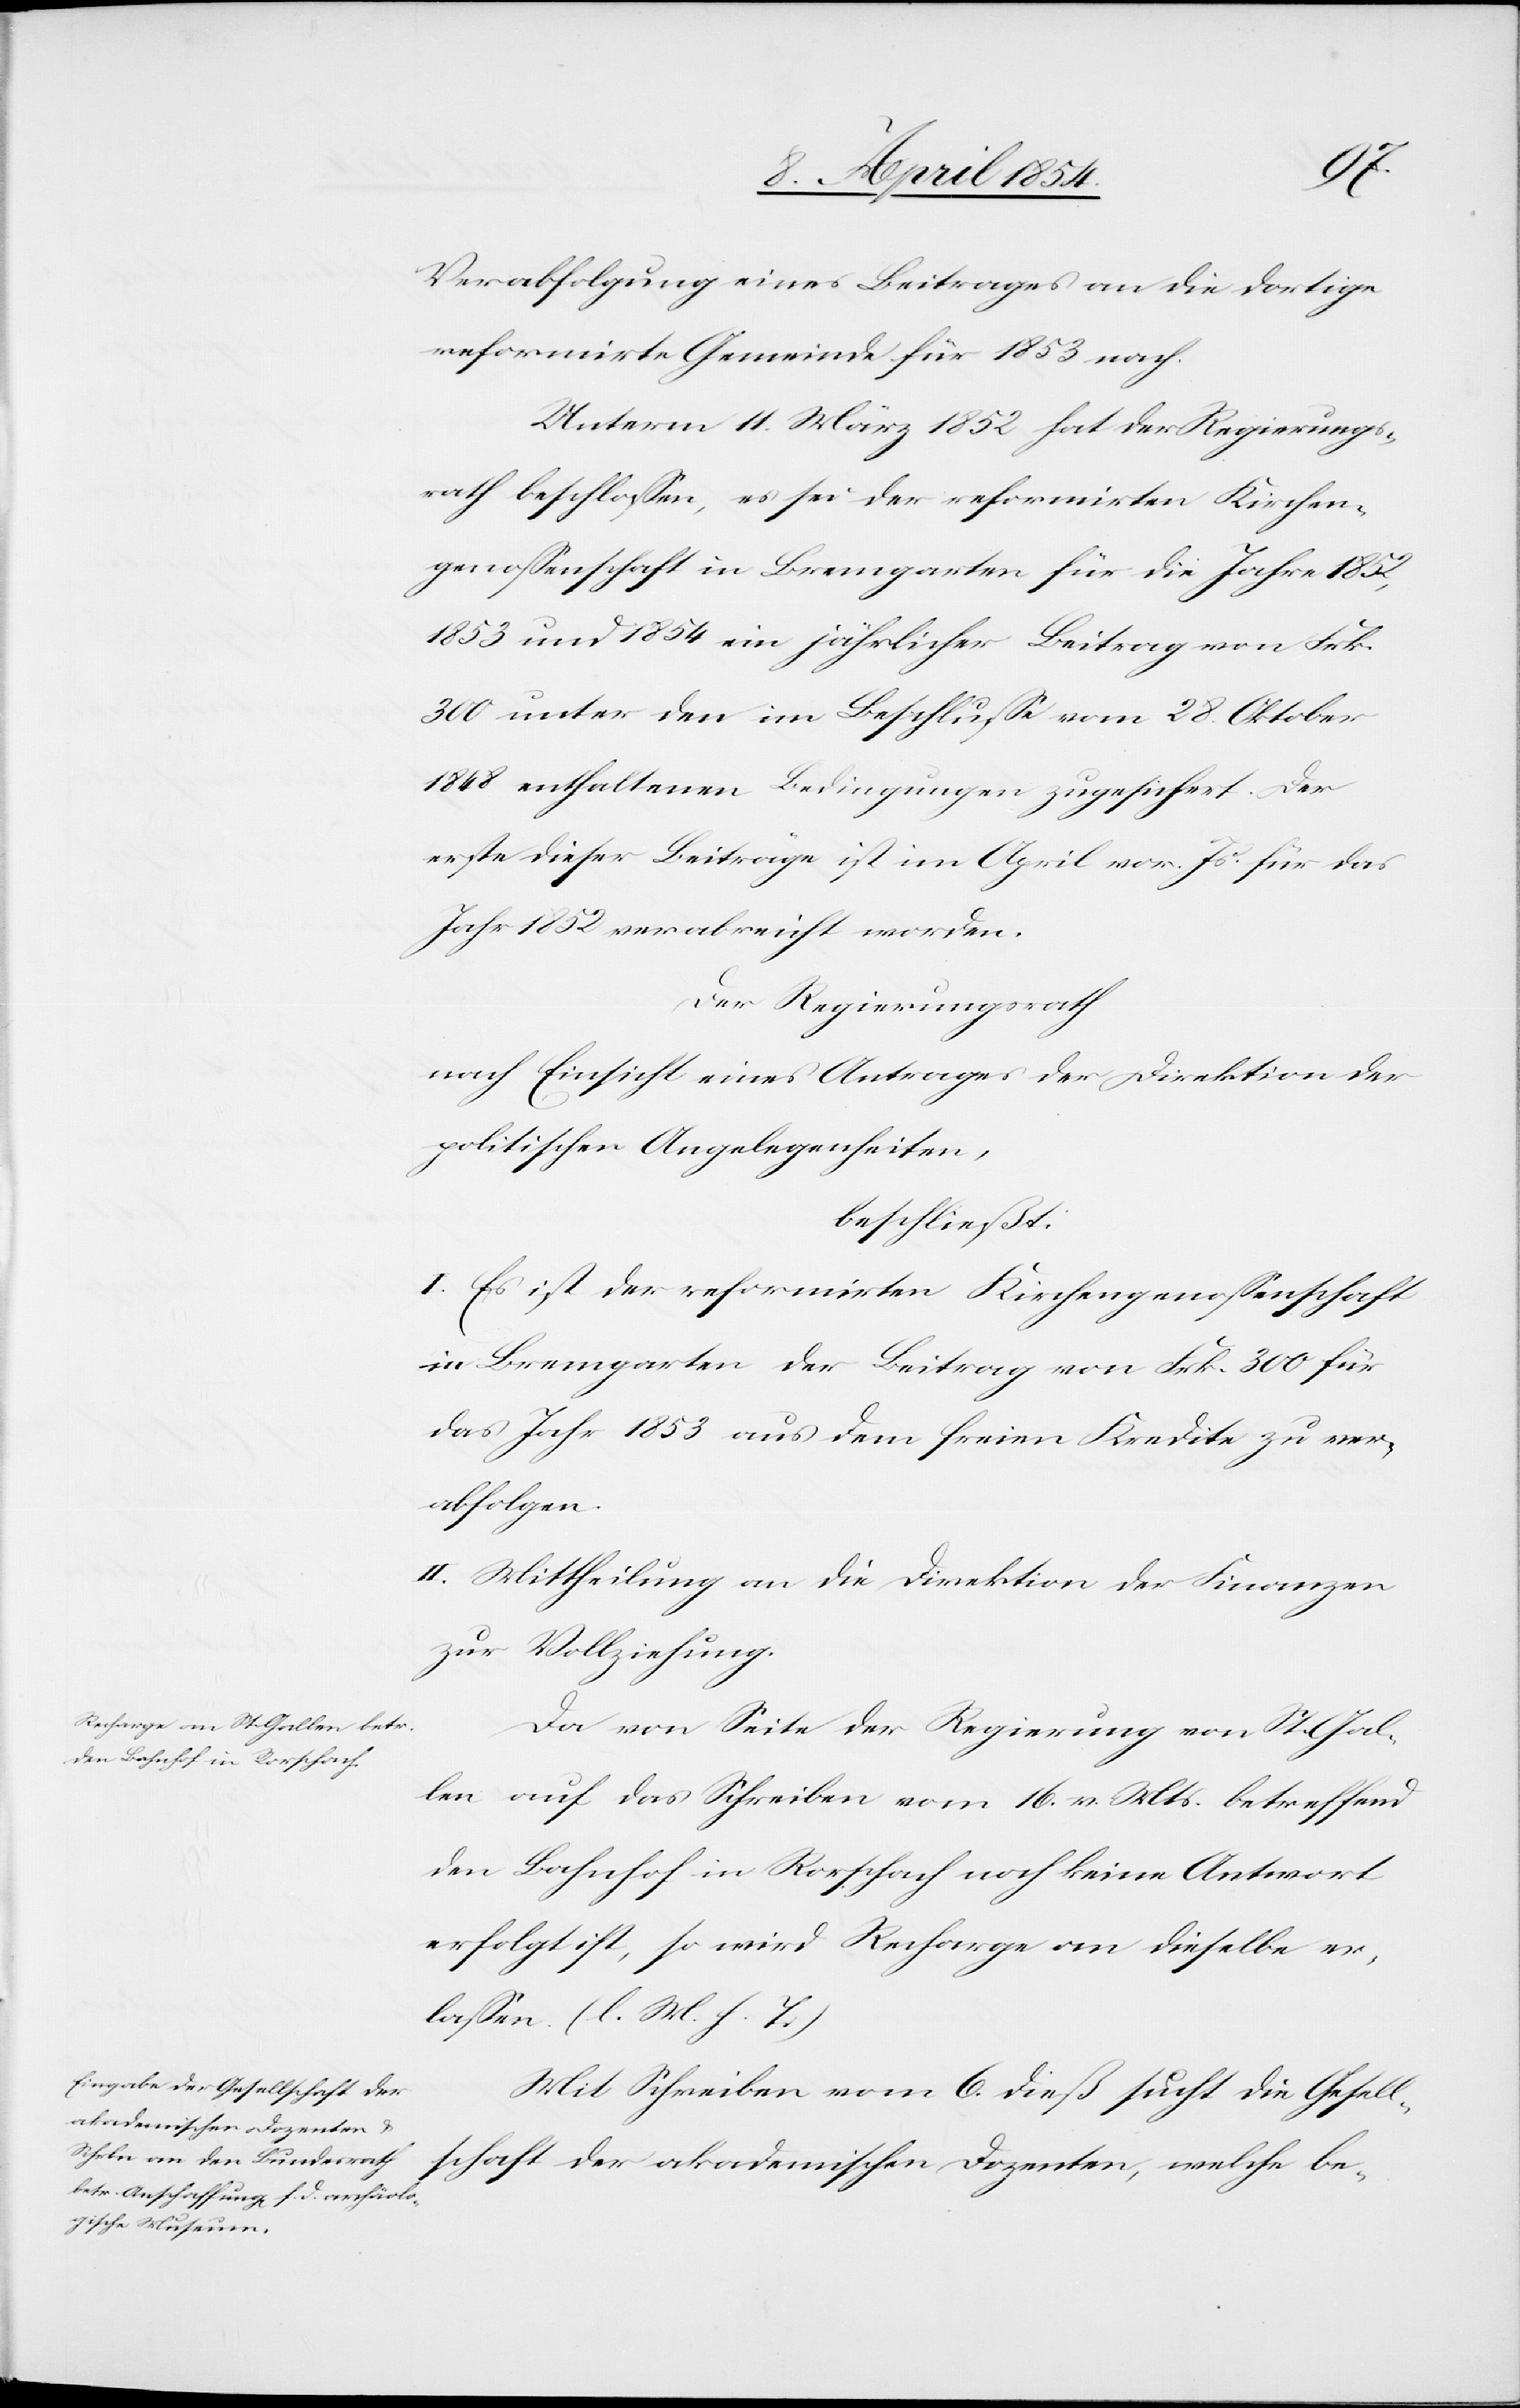
Verabfolgung eines Beitrages an die dortige
reformirte Gemeinde für 1853 nach.
Unterm 11. März 1852 hat der Regierungs¬
rath beschloßen, es sei der reformirten Kirchen¬
genoßenschaft in Bremgarten für die Jahre 1852,
1853 und 1854 ein jährlicher Beitrag von Frk.
300 unter den im Beschluße vom 28. Oktober
1848 enthaltenen Bedingungen zugesichert. Der
erste dieser Beiträge ist im April vor. Js. für das
Jahr 1852 verabreicht worden.
Der Regierungsrath
nach Einsicht eines Antrages der Direktion der
politischen Angelegenheiten,
beschließt:
I. Es ist der reformirten Kirchengenoßenschaft
in Bremgarten der Beitrag von Frk. 300 für
das Jahr 1853 aus dem freien Kredite zu ver¬
abfolgen.
II. Mittheilung an die Direktion der Finanzen
zur Vollziehung.
Da von Seite der Regierung von St. Gal¬
len auf das Schreiben vom 16. v. Mts betreffend
den Bahnhof in Rorschach noch keine Antwort
erfolgt ist, so wird Recharge an dieselbe er¬
laßen. (l. M. h. T.)
Mit Schreiben vom 6. dieß sucht die Gesell¬
schaft der akademischen Dozenten, welche be-